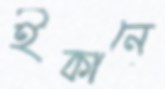
ইকানে